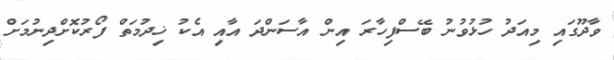
ވާދޫގައި މިއަދު ހުޅުވުނު ބޭސްފިހާރަ އިން އާސަންދަ އާއި އެކު ޚިދުމަތް ފޯރުކޮށްދިނުމަށް